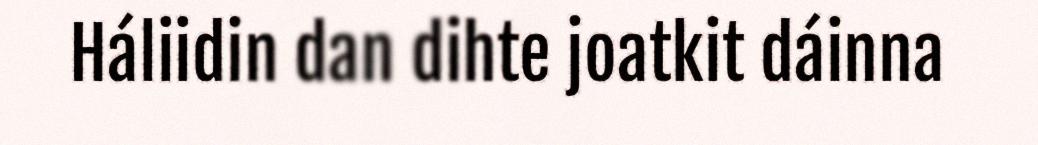
Háliidin dan dihte joatkit dáinna